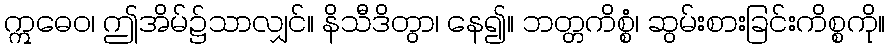
ဣဓေဝ၊ ဤအိမ်၌သာလျှင်။ နိသီဒိတွာ၊ နေ၍။ ဘတ္တကိစ္စံ၊ ဆွမ်းစားခြင်းကိစ္စကို။